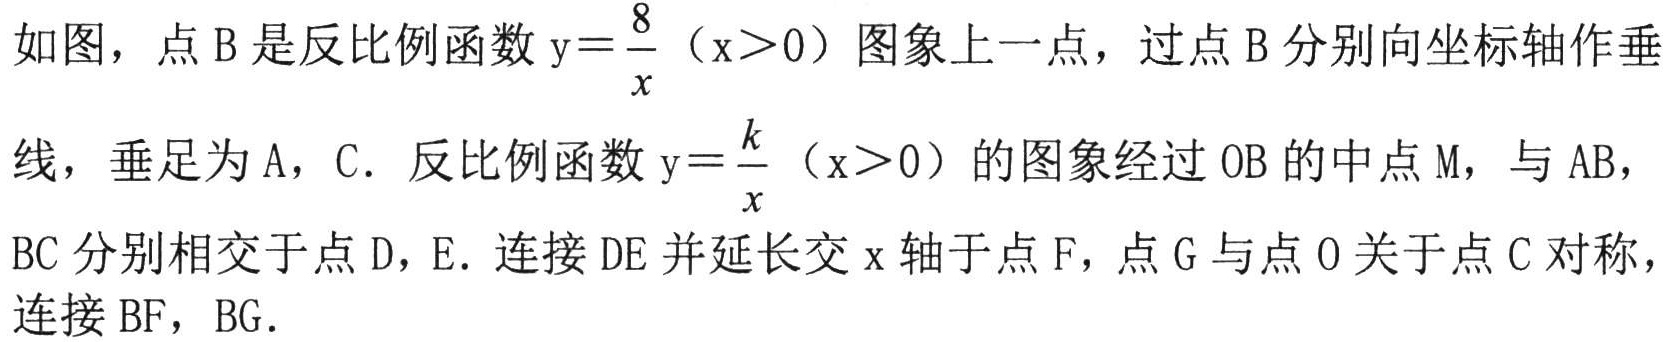
如图，点 B 是反比例函数 \(y = \frac{8}{x}\)（\(x>0\)）图象上一点，过点 B 分别向坐标轴作垂线，垂足为 A，C．反比例函数 \(y = \frac{k}{x}\)（\(x>0\)）的图象经过 OB 的中点 M，与 AB，BC 分别相交于点 D，E．连接 DE 并延长交 \(x\) 轴于点 F，点 G 与点 O 关于点 C 对称，连接 BF，BG．